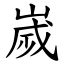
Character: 嵗